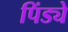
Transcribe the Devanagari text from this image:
पिंड्ये